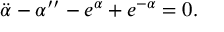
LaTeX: \ddot { \alpha } - \alpha ^ { \prime \prime } - e ^ { \alpha } + e ^ { - \alpha } = 0 .